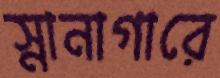
স্নানাগারে